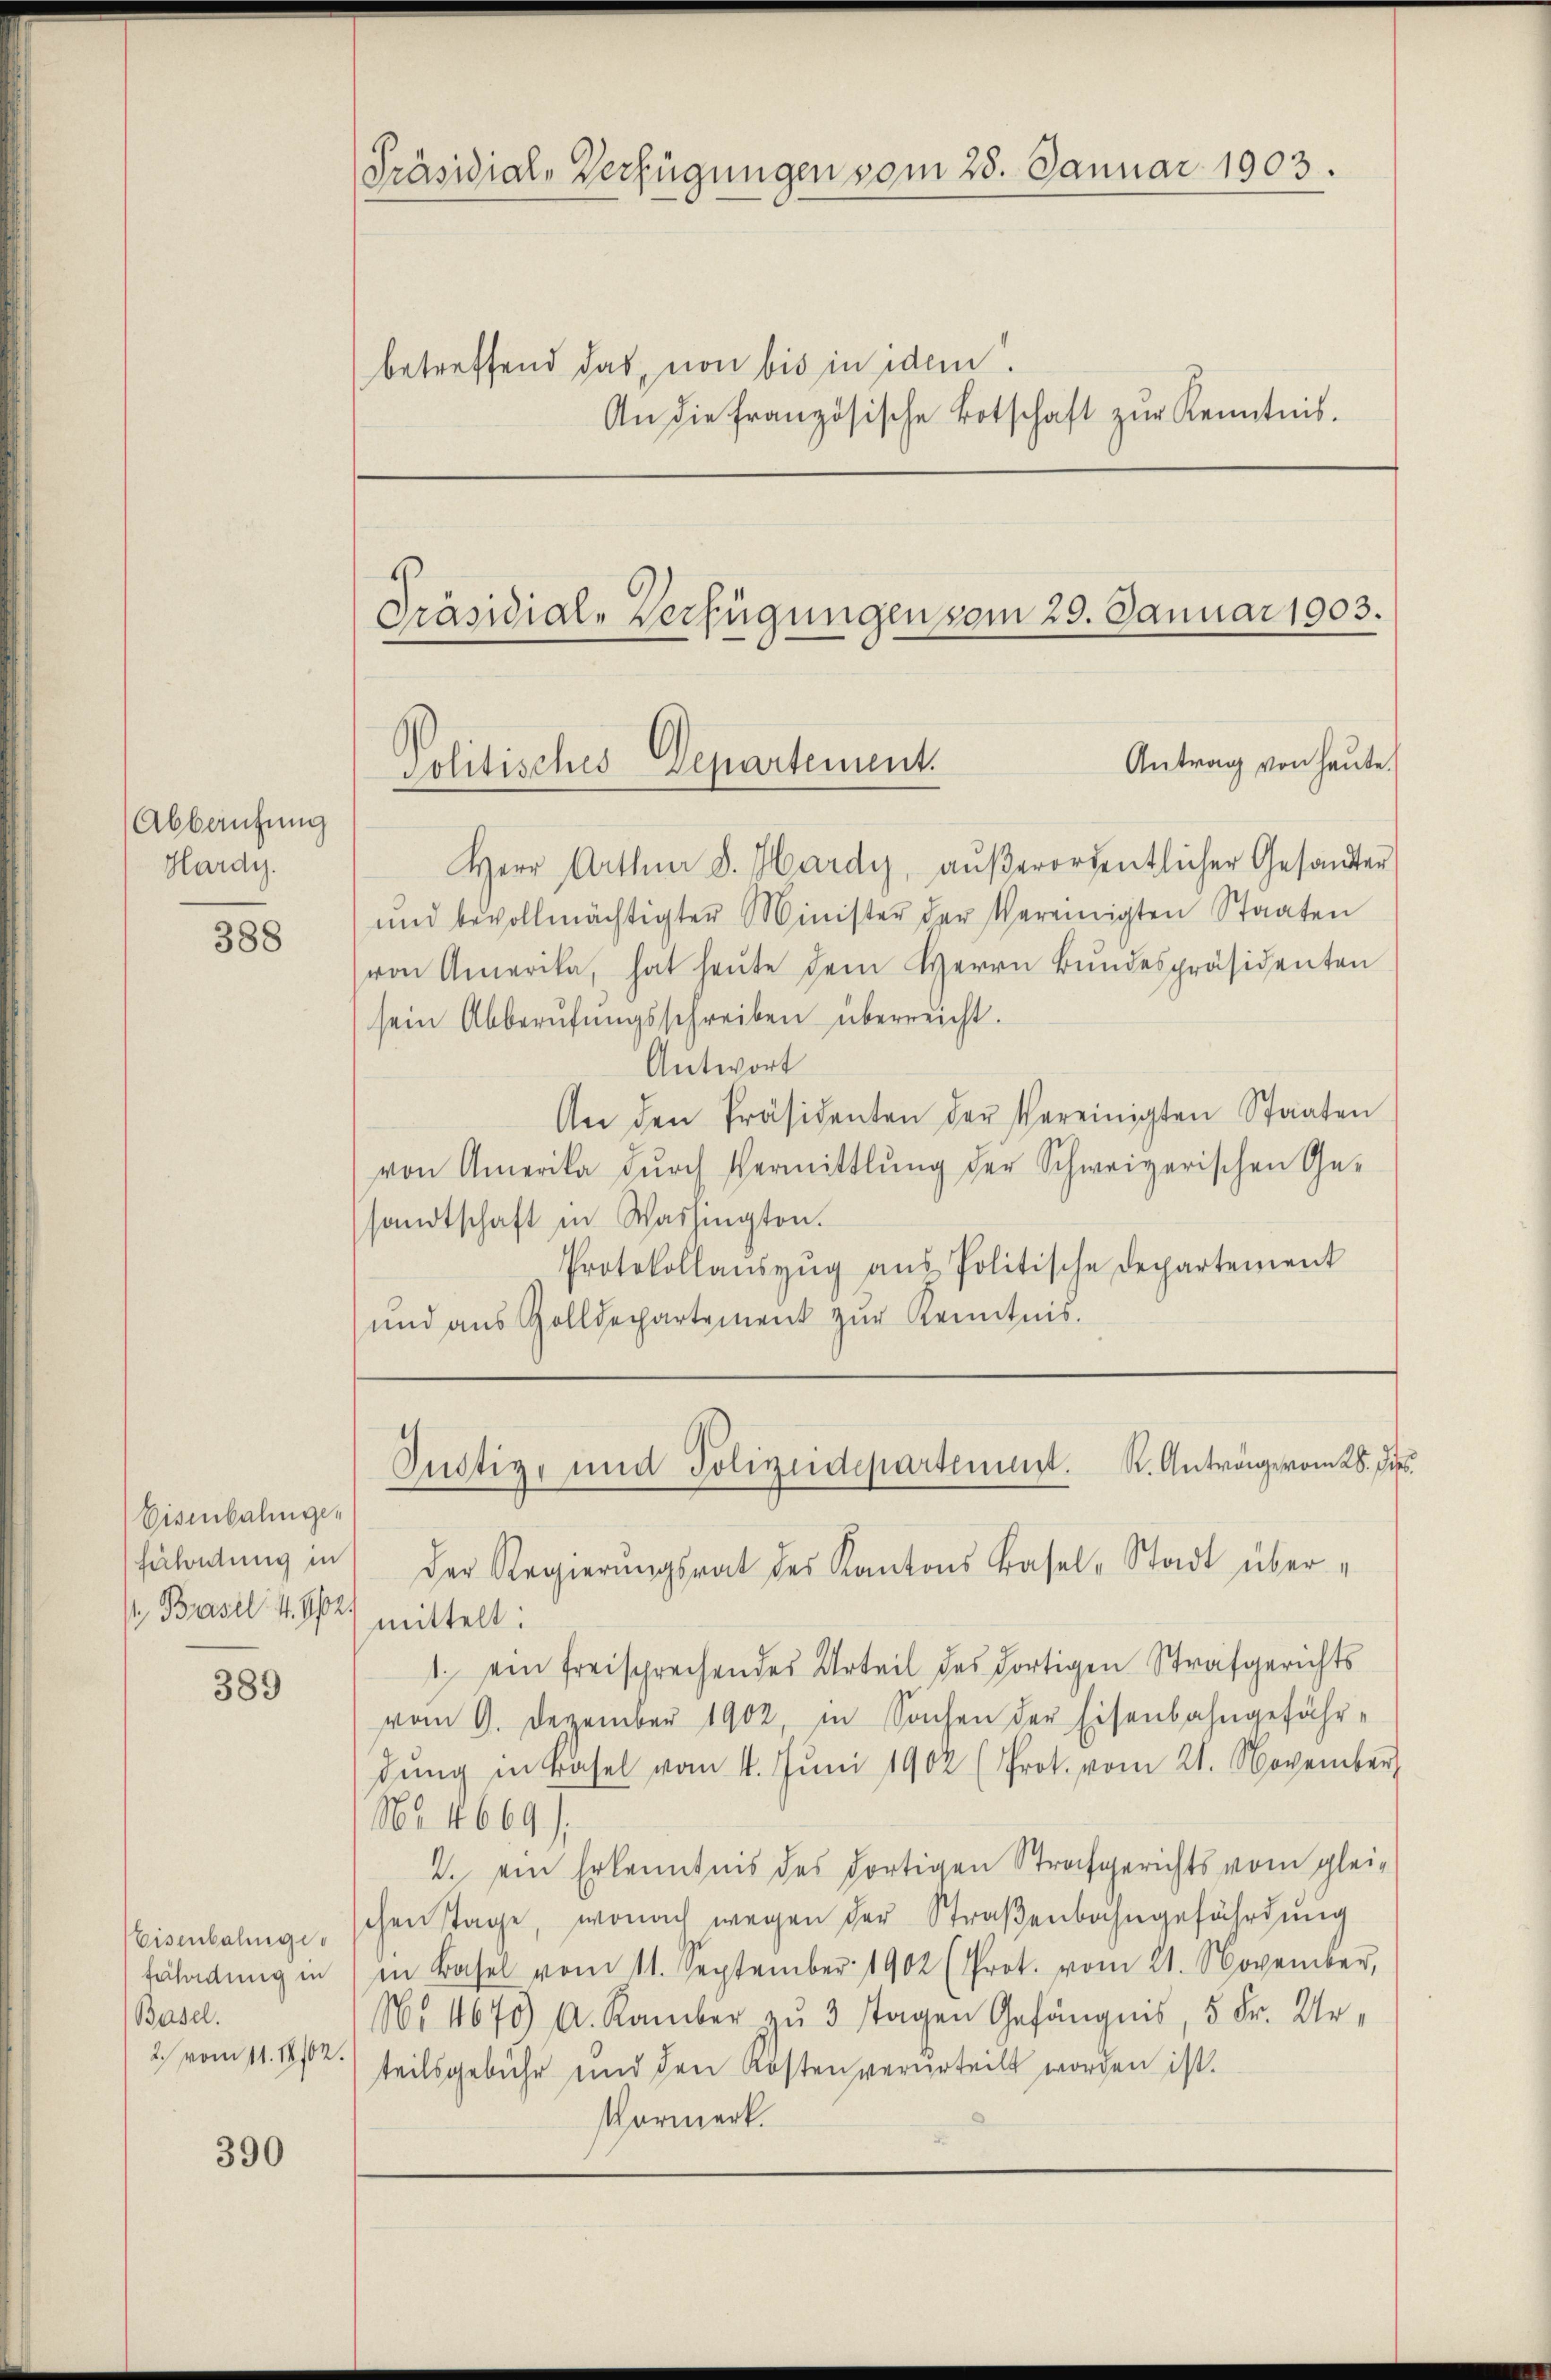
Abbaufung
Hardi.

388

Eisenbalingehirhoidung in
 Basel 4. 862) mittelt:

389

Eisenbahnges
fährdung in
Basel.
2.) vom 11. 18102.

390

Präsidial-Verfügungen vom 28. Januar 1903.

betreffend das von bis in dem
An die französische Botschaft zŭr Kenntnis.

Herr Arthur d. Hardy, aŭβerordentlicher Gesandter
und bevollmächtigter Minister der Vereinigten Staaten
von Amerika, hat heŭte dem Herrn Bŭndespräsidenten
sein Abberŭfŭngsschreiben überrecht.
Antwort
An den Präsidenten der Vereinigten Staaten
von Amerika durch Vermittlung der Schweizerischen Ge-
sandtschaft in Washington.
Protokollauszug aus Politische Departement
und aus Zolldepartement zŭr Kenntnis.

Präsidial-Verfügungen vom 29. Januar 1903.
Antrag von heute.
Politisches Departement.

Der Regierŭngsrat des Kantons Basel-Stadt über¬
1. ein freisprechendes Urteil des dortigen Strafgerichts
vom 9. Dezember 1902, in Sachen der Eisenbahngefährdŭng in Basel vom 4. Jŭni 1902 (Prot. vom 21. November
No. 4669.
2. ein Erkenntnis des dortigen Strafgerichts vom gleichen Tage, wonach wegen der Straßenbahngefährdung
in Basel vom 11. September 1902 (Prot. vom 21. November,
No 4675) A. Kamber zŭ 3 Tagen Gefängnis, 5 Fr. Urteilsgebühr und den Kosten verurteilt worden ist.
Vormerk.

Justiz- und Polizeidepartement. K. Anträge vom 28. Jus